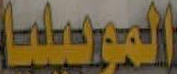
المرسيليا